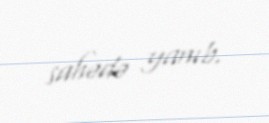
sahədə yanıb.